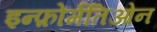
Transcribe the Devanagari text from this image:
इन्फ़ोर्मतिओन